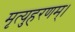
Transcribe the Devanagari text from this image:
मृत्युहरणम्‌।